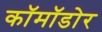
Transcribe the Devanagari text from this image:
कॉमॉडोर